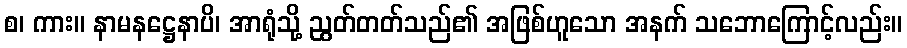
စ၊ ကား။ နာမနဋ္ဌေနာပိ၊ အာရုံသို့ ညွတ်တတ်သည်၏ အဖြစ်ဟူသော အနက် သဘောကြောင့်လည်း။